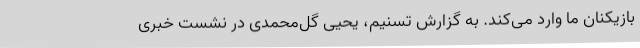
بازیکنان ما وارد می‌کند. به گزارش تسنیم، یحیی گل‌محمدی در نشست خبری